Indian journal of veterinary science and animal husbandry - Volumes 24-25, 1954-1955
Year: 1954
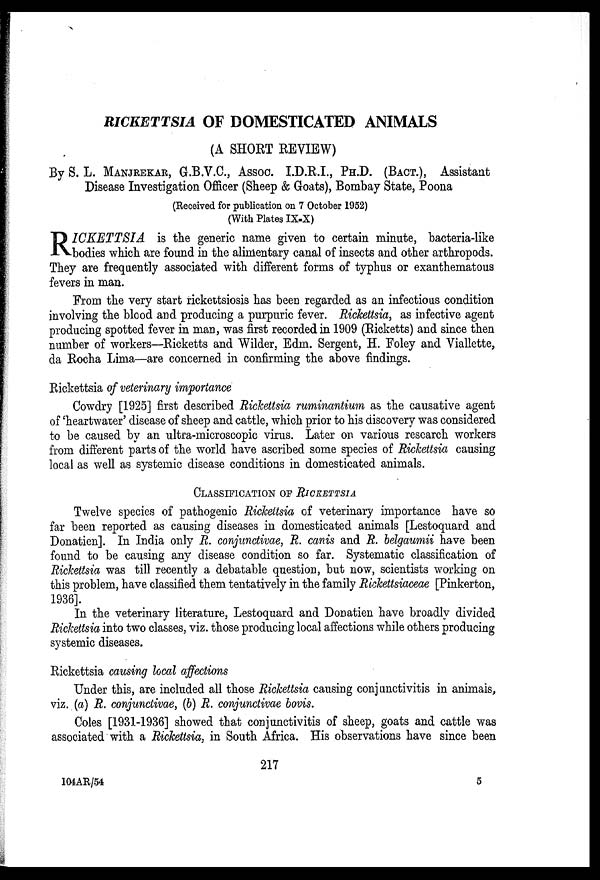
RICKETTSIA OF DOMESTICATED ANIMALS
(A SHORT REVIEW)
By S. L. MANJREKAR, G.B.V.C., ASSOC. I.D.R.I., PH.D. (BACT.), Assistant
Disease Investigation Officer (Sheep & Goats), Bombay State, Poona
(Received for publication on 7 October 1952)
(With Plates IX-X)
R ICKETTSIA is the generic name given to certain minute, bacteria-like
bodies which are found in the alimentary canal of insects and other arthropods.
They are frequently associated with different forms of typhus or exanthematous
fevers in man.
From the very start rickettsiosis has been regarded as an infectious condition
involving the blood and producing a purpuric fever. Rickettsia, as infective agent
producing spotted fever in man, was first recorded in 1909 (Ricketts) and since then
number of workers—Ricketts and Wilder, Edm. Sergent, H. Foley and Viallette,
da Rocha Lima—are concerned in confirming the above findings.
Rickettsia of veterinary importance
Cowdry [1925] first described Rickettsia ruminantium as the causative agent
of 'heartwater' disease of sheep and cattle, which prior to his discovery was considered
to be caused by an ultra-microscopic virus. Later on various research workers
from different parts of the world have ascribed some species of Rickettsia causing
local as well as systemic disease conditions in domesticated animals.
CLASSIFICATION OF RICKETTSIA
Twelve species of pathogenic Rickettsia of veterinary importance have so
far been reported as causing diseases in domesticated animals [Lestoquard and
Donatien]. In India only R. conjunctivae, R. canis and R. belgaumii have been
found to be causing any disease condition so far. Systematic classification of
Rickettsia was till recently a debatable question, but now, scientists working on
this problem, have classified them tentatively in the family Rickettsiaceae [Pinkerton,
1936].
In the veterinary literature, Lestoquard and Donatien have broadly divided
Rickettsia into two classes, viz. those producing local affections while others producing
systemic diseases.
Rickettsia causing local affections
Under this, are included all those Rickettsia causing conjunctivitis in animals,
viz. (a) R. conjunctivae, (b) R. conjunctivae bovis.
Coles [1931-1936] showed that conjunctivitis of sheep, goats and cattle was
associated with a Rickettsia, in South Africa. His observations have since been
217
104AR/54
5